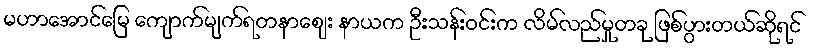
မဟာအောင်မြေ ကျောက်မျက်ရတနာဈေး နာယက ဦးသန်းဝင်းက လိမ်လည်မှုတခု ဖြစ်ပွားတယ်ဆိုရင်